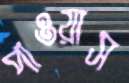
পাওয়াস